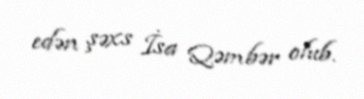
edən şəxs İsa Qəmbər olub.